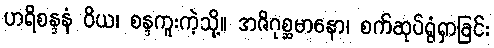
ဟရိစန္ဒနံ ဝိယ၊ စန္ဒကူးကဲ့သို့။ အဇိဂုစ္ဆမာနော၊ စက်ဆုပ်ရွံရှာခြင်း